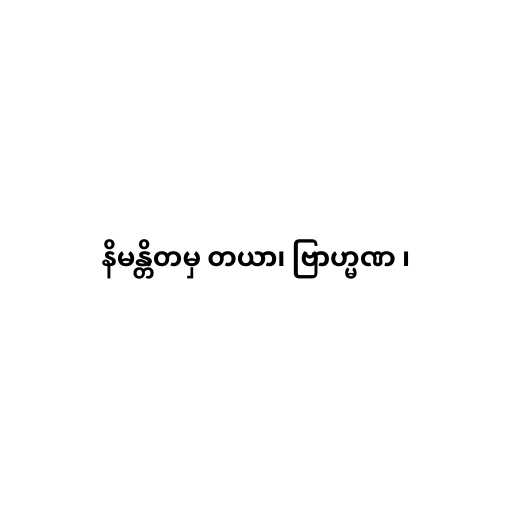
နိမန္တိတမှ တယာ၊ ဗြာဟ္မဏ ၊